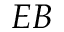
E B